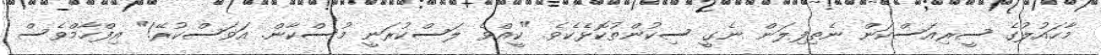
މާހައުލުގެ ސީރިއަސްކަން ނެތިފިލަން ނެގީ ސިކުންތުކޮޅެކެވެ. "ކީއްވެ ލަސްކުރަނީ މުސްކާން. އަވަސްކުރޭ!" އިފްހާމްވެސް